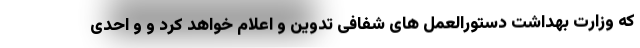
که وزارت بهداشت دستورالعمل های شفافی تدوین و اعلام خواهد کرد و و احدی